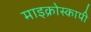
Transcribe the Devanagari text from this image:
माइक्रोस्कापी